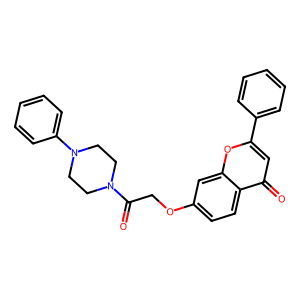
SMILES: O=C(COc1ccc2c(=O)cc(-c3ccccc3)oc2c1)N1CCN(c2ccccc2)CC1
Inhibits HIV replication: No